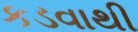
કડવાથી